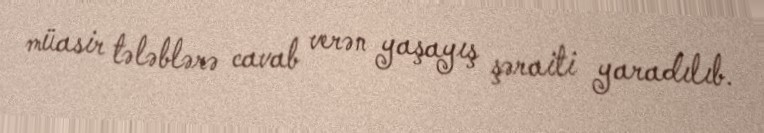
müasir tələblərə cavab verən yaşayış şəraiti yaradılıb.